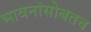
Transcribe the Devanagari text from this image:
भावनांसोबतच